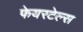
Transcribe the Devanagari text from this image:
फेयरटेल्स